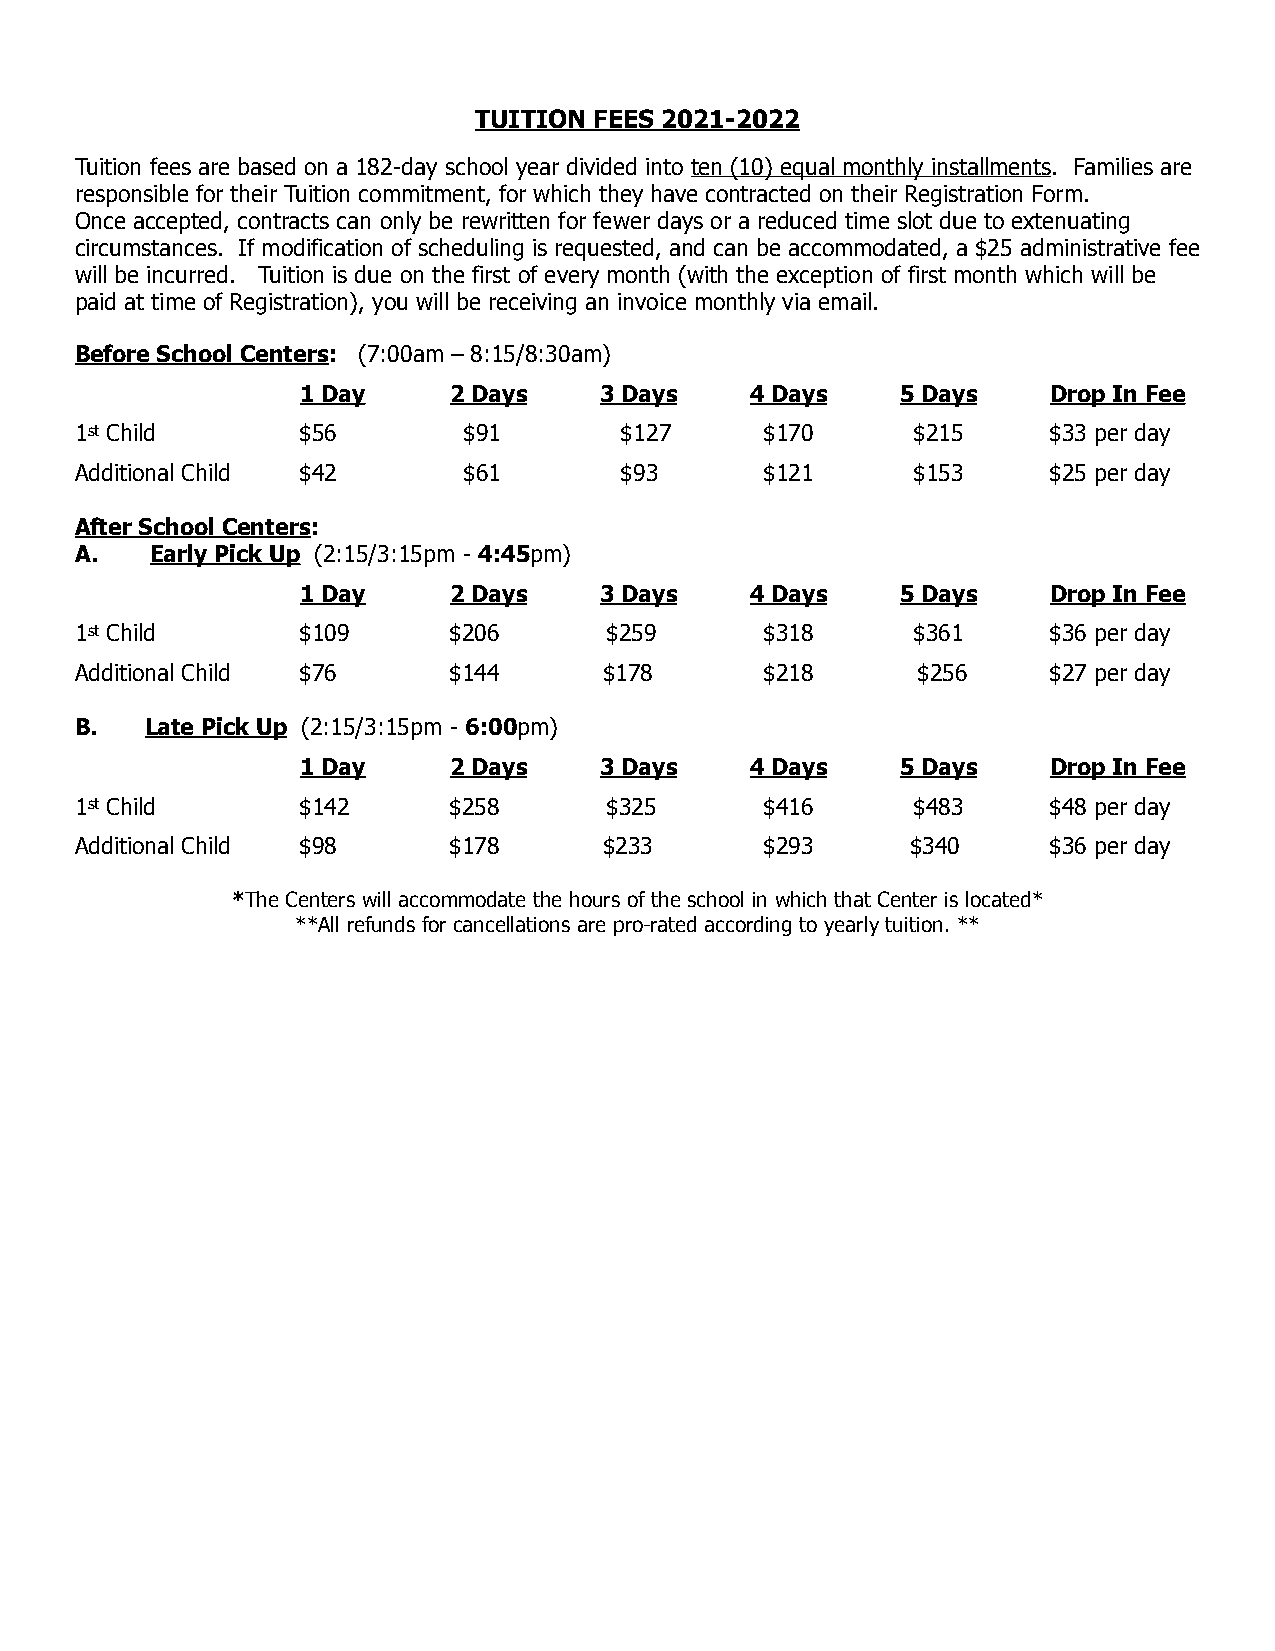
TUITION FEES 2021-2022
 Tuition fees are based on a 182-day school year divided into ten (10) equal monthly installments. Families are
 responsible for their Tuition commitment, for which they have contracted on their Registration Form.
 Once accepted, contracts can only be rewritten for fewer days or a reduced time slot due to extenuating
 circumstances. If modification of scheduling is requested, and can be accommodated, a $25 administrative fee
 will be incurred. Tuition is due on the first of every month (with the exception of first month which will be
 paid at time of Registration), you will be receiving an invoice monthly via email.
 Before School Centers: (7:00am – 8:15/8:30am)
 1 Day     2 Days    3 Days    4 Days    5 Days    Drop In Fee
 1st Child      $56        $91       $127      $170      $215     $33 per day
 Additional Child $42      $61       $93       $121      $153     $25 per day
 After School Centers:
 A.   Early Pick Up (2:15/3:15pm - 4:45pm)
 1 Day     2 Days    3 Days    4 Days    5 Days    Drop In Fee
 1st Child      $109      $206      $259       $318      $361     $36 per day
 Additional Child $76     $144      $178       $218      $256     $27 per day
 B.   Late Pick Up (2:15/3:15pm - 6:00pm)
 1 Day     2 Days    3 Days    4 Days    5 Days    Drop In Fee
 1st Child      $142      $258      $325       $416      $483     $48 per day
 Additional Child $98     $178      $233       $293     $340      $36 per day
 *The Centers will accommodate the hours of the school in which that Center is located*
 **All refunds for cancellations are pro-rated according to yearly tuition. **